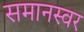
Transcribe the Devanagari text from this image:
समानस्वर